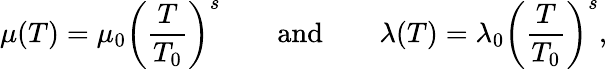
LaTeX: \mu(T)=\mu_{0}\left(\frac{T}{T_{0}}\right)^{s}\qquad\mathrm{and}\qquad\lambda(T)=\lambda_{0}\left(\frac{T}{T_{0}}\right)^{s},